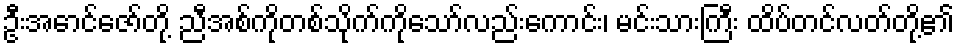
ဦးအောင်ဇော်တို့ ညီအစ်ကိုတစ်သိုက်ကိုသော်လည်းကောင်း၊ မင်းသားကြီး ထိပ်တင်လတ်တို့၏